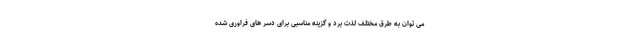
می توان به طرق مختلف لذت برد و گزینه مناسبی برای دسر های فراوری شده